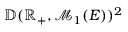
\mathbb { D } ( \mathbb { R } _ { + } , \mathcal { M } _ { 1 } ( E ) ) ^ { 2 }